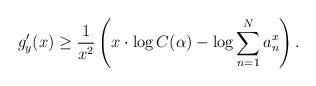
LaTeX: \begin{align*} g_y'(x) \geq \frac{1}{x^2}\left( x\cdot \log C(\alpha) - \log \sum_{n=1}^N a_n^x \right ).\end{align*}